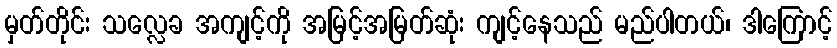
မှတ်တိုင်း သလ္လေခ အကျင့်ကို အမြင့်အမြတ်ဆုံး ကျင့်နေသည် မည်ပါတယ်၊ ဒါကြောင့်